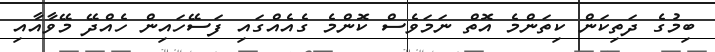
ބިމުގެ ދަތިކަން ކިތަންމެ އޮތް ނަމަވެސް ކޮންމެ ގެއެއްގައި ފަސޭހައިން ހެއްދޭ މޭވާއާއި